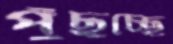
পুঁছচ্ছে